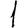
Digit: 1